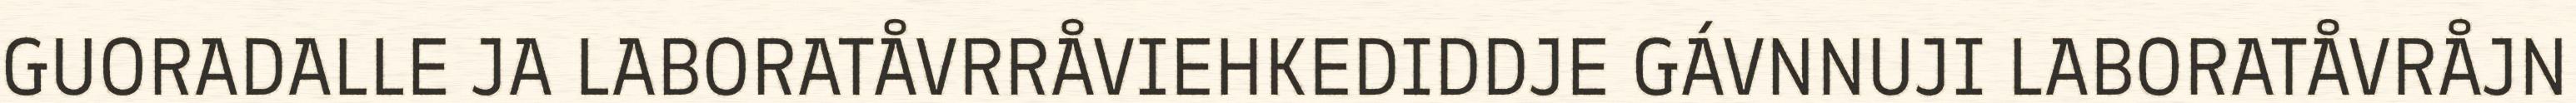
GUORADALLE JA LABORATÅVRRÅVIEHKEDIDDJE GÁVNNUJI LABORATÅVRÅJN